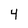
Character: 4